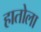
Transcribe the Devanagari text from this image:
हातोला